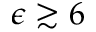
\epsilon \gtrsim 6